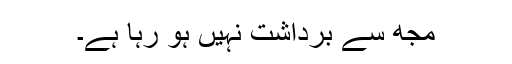
مجھ سے برداشت نہیں ہو رہا ہے۔